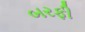
બરફી